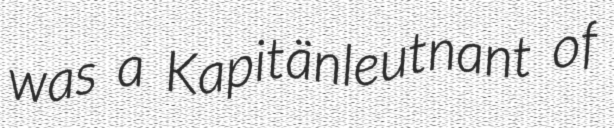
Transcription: was a Kapitänleutnant of